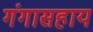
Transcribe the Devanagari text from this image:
गंगासहाय